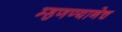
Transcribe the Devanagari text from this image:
म्हणण्यानेच